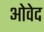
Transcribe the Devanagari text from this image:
ओवेद